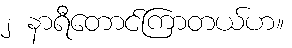
၂ နာရီတောင်ကြာတယ်ဟ။